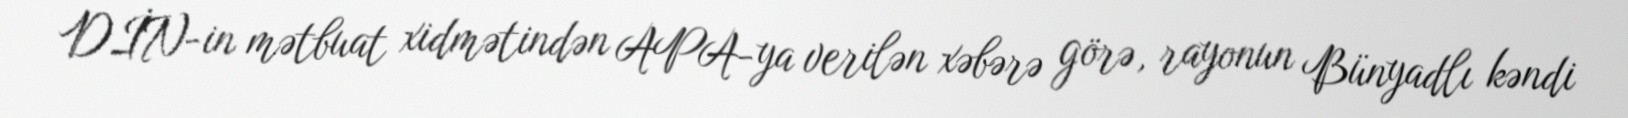
DİN-in mətbuat xidmətindən APA-ya verilən xəbərə görə, rayonun Bünyadlı kəndi